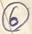
Text: 6